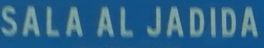
SALA AL JADIDA